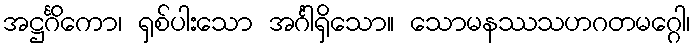
အဋ္ဌင်္ဂိကော၊ ရှစ်ပါးသော အင်္ဂါရှိသော။ သောမနဿသဟဂတမဂ္ဂေါ၊